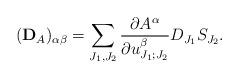
LaTeX: \begin{align*}(\bold{D}_A)_{\alpha\beta}=\sum_{J_1,J_2}\frac{\partial A^{\alpha}}{\partial u_{J_1;J_2}^{\beta}}D_{J_1}S_{J_2}.\end{align*}